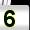
Digit: 5